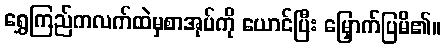
ရွှေကြည်ကလက်ထဲမှစာအုပ်ကို ယောင်ပြီး မြှောက်ပြမိ၏။